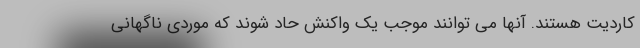
کاردیت هستند. آنها می توانند موجب یک واکنش حاد شوند که موردی ناگهانی